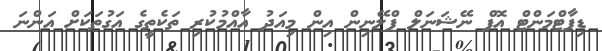
ޑިޕާޓްމަންޓް އޮފް ނޭޝަނަލް ޕްލޭނިން އިން މިއަދު އާއްމުކުރި ތަކެތީގެ އަގުތަކަށް އަންނަ